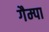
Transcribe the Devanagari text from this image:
गैम्पा